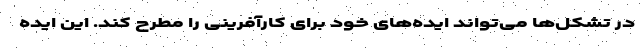
در تشکل‌ها می‌تواند ایده‌های خود برای کارآفرینی را مطرح کند. این ایده